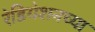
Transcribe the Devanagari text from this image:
रेडियेशनच्या